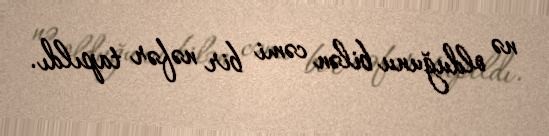
nə olduğunu bilən cəmi bir nəfər tapıldı.